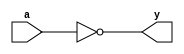
module inverter(a,y);

input a;
output y;

assign y = ~a;

endmodule